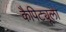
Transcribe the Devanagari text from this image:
कैपिट्यूला